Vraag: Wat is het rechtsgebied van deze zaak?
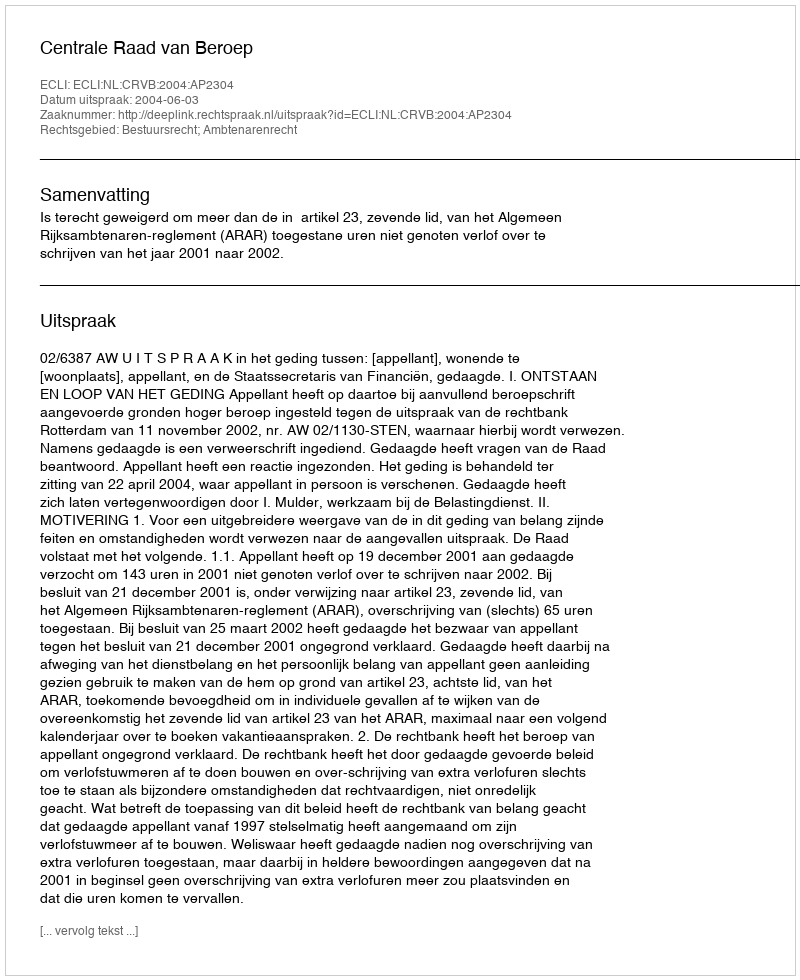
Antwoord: Bestuursrecht; Ambtenarenrecht